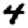
Digit: 4